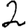
Digit: 2